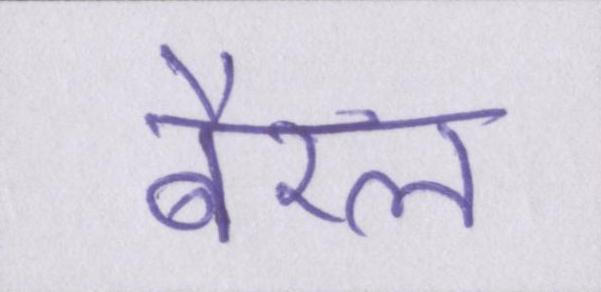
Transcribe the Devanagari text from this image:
बैरल